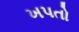
ખપતો